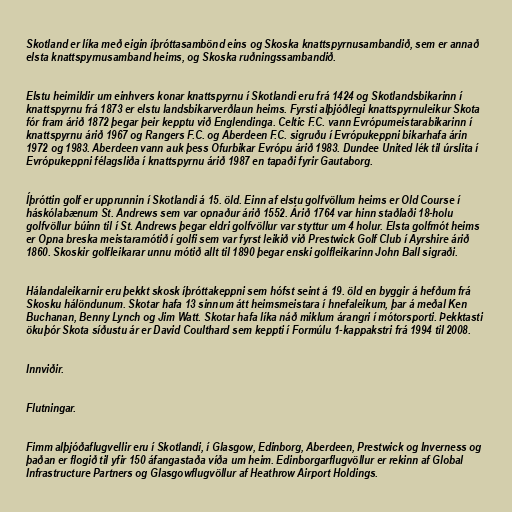
Skotland er líka með eigin íþróttasambönd eins og Skoska knattspyrnusambandið, sem er annað
elsta knattspyrnusamband heims, og Skoska ruðningssambandið.

Elstu heimildir um einhvers konar knattspyrnu í Skotlandi eru frá 1424 og Skotlandsbikarinn í
knattspyrnu frá 1873 er elstu landsbikarverðlaun heims. Fyrsti alþjóðlegi knattspyrnuleikur Skota
fór fram árið 1872 þegar þeir kepptu við Englendinga. Celtic F.C. vann Evrópumeistarabikarinn í
knattspyrnu árið 1967 og Rangers F.C. og Aberdeen F.C. sigruðu í Evrópukeppni bikarhafa árin
1972 og 1983. Aberdeen vann auk þess Ofurbikar Evrópu árið 1983. Dundee United lék til úrslita í
Evrópukeppni félagsliða í knattspyrnu árið 1987 en tapaði fyrir Gautaborg.

Íþróttin golf er upprunnin í Skotlandi á 15. öld. Einn af elstu golfvöllum heims er Old Course í
háskólabænum St. Andrews sem var opnaður árið 1552. Árið 1764 var hinn staðlaði 18-holu
golfvöllur búinn til í St. Andrews þegar eldri golfvöllur var styttur um 4 holur. Elsta golfmót heims
er Opna breska meistaramótið í golfi sem var fyrst leikið við Prestwick Golf Club í Ayrshire árið
1860. Skoskir golfleikarar unnu mótið allt til 1890 þegar enski golfleikarinn John Ball sigraði.

Hálandaleikarnir eru þekkt skosk íþróttakeppni sem hófst seint á 19. öld en byggir á hefðum frá
Skosku hálöndunum. Skotar hafa 13 sinnum átt heimsmeistara í hnefaleikum, þar á meðal Ken
Buchanan, Benny Lynch og Jim Watt. Skotar hafa líka náð miklum árangri í mótorsporti. Þekktasti
ökuþór Skota síðustu ár er David Coulthard sem keppti í Formúlu 1-kappakstri frá 1994 til 2008.

Innviðir.

Flutningar.

Fimm alþjóðaflugvellir eru í Skotlandi, í Glasgow, Edinborg, Aberdeen, Prestwick og Inverness og
þaðan er flogið til yfir 150 áfangastaða víða um heim. Edinborgarflugvöllur er rekinn af Global
Infrastructure Partners og Glasgowflugvöllur af Heathrow Airport Holdings.